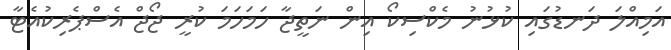
އަމިއްލަ ދަނޑުގައި ކުޅުނު މެކްސިކޯ އިން ނަތީޖާ ހަމަހަމަ ކުރީ ޖޯޖް އެސްޕެރިކުއެޓާ